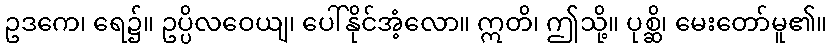
ဥဒကေ၊ ရေ၌။ ဥပ္ပိလဝေယျ၊ ပေါ်နိုင်အံ့လော။ ဣတိ၊ ဤသို့။ ပုစ္ဆိ၊ မေးတော်မူ၏။